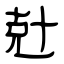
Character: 兙